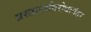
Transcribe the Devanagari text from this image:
प्रस्तावाविरोधानंतर